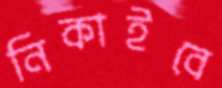
নিকাইবে